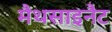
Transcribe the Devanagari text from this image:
मैथसाइनैट